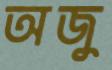
অজু